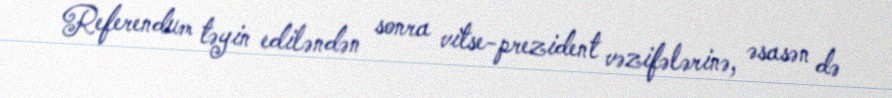
Referendum təyin ediləndən sonra vitse-prezident vəzifələrinə, əsasən də